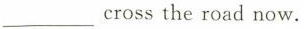
___ crossthe road now.